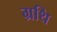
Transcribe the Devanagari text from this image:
ग्रथि